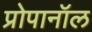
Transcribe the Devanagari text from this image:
प्रोपानॉल